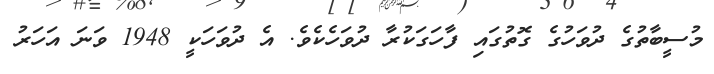
މުސީބާތުގެ ދުވަހުގެ ގޮތުގައި ފާހަގަކުރާ ދުވަހެކެވެ. އެ ދުވަހަކީ 1948 ވަނަ އަހަރު